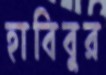
হাবিবুর